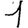
Digit: 1